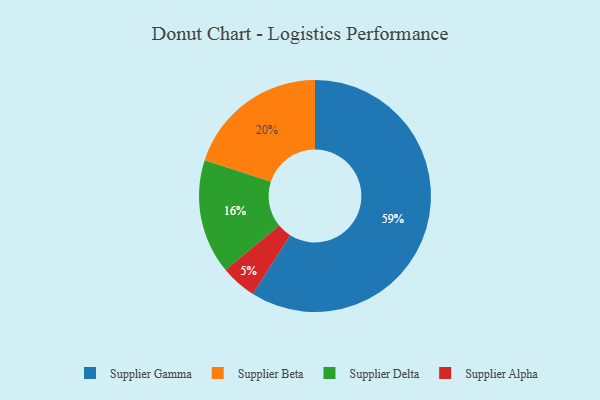
{"axis": {"x": "Category", "y": "Percentage"}, "legend": ["Supplier Alpha", "Supplier Beta", "Supplier Delta", "Supplier Gamma"], "data": [{"x": "Supplier Alpha", "y": 5, "type": "Supplier Alpha"}, {"x": "Supplier Beta", "y": 20, "type": "Supplier Beta"}, {"x": "Supplier Gamma", "y": 59, "type": "Supplier Gamma"}, {"x": "Supplier Delta", "y": 16, "type": "Supplier Delta"}]}